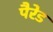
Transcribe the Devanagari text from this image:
पैरेड